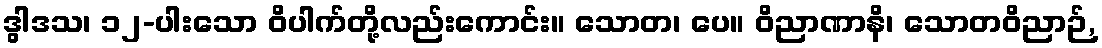
ဒွါဒသ၊ ၁၂-ပါးသော ဝိပါက်တို့လည်းကောင်း။ သောတ၊ ပေ။ ဝိညာဏာနိ၊ သောတဝိညာဉ်,